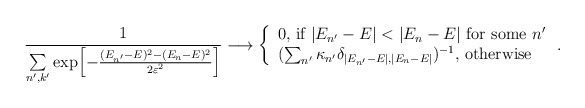
\begin{align*}{ 1 \over \sum\limits_{n',k'} \exp\!\left[ { -{(E_{n'} -E)^2 - (E_n -E)^2 \over 2 \varepsilon^2} } \right] } \longrightarrow \left\{\begin{array}{l} 0\mbox{, if }|E_{n'} -E|< |E_n -E|\mbox{ for some }n' \\ (\sum_{n'} \kappa_{n'}\delta_{|E_{n'} -E|,|E_n -E|})^{-1}\mbox{, otherwise} \end{array}\right. .\end{align*}